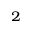
^ 2